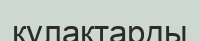
кулақтарды